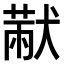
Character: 𤠨